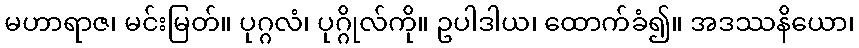
မဟာရာဇ၊ မင်းမြတ်။ ပုဂ္ဂလံ၊ ပုဂ္ဂိုလ်ကို။ ဥပါဒါယ၊ ထောက်ခံ၍။ အဒဿနိယော၊